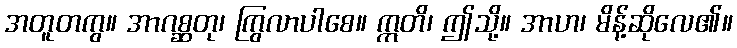
အတူတကွ။ အာဂစ္ဆတု၊ ကြွလာပါစေ။ ဣတိ၊ ဤသို့။ အာဟ၊ မိန့်ဆိုလေ၏။